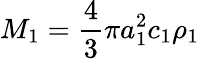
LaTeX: M_{1}=\displaystyle\frac{4}{3}\pi a_{1}^{2}c_{1}\rho_{1}